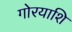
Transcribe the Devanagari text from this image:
गोरयाशि